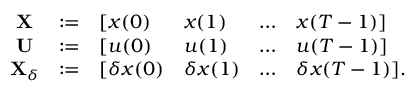
\begin{array} { r } { \begin{array} { c c l l l l } { \mathbf { X } } & { : = } & { [ x ( 0 ) } & { x ( 1 ) } & { \ldots } & { x ( T - 1 ) ] } \\ { \mathbf { U } } & { : = } & { [ u ( 0 ) } & { u ( 1 ) } & { \ldots } & { u ( T - 1 ) ] } \\ { \mathbf { X } _ { \delta } } & { : = } & { [ \delta x ( 0 ) } & { \delta x ( 1 ) } & { \ldots } & { \delta x ( T - 1 ) ] . } \end{array} } \end{array}